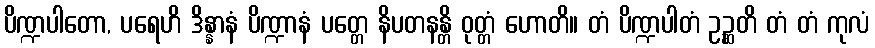
ပိဏ္ဍပါတော, ပရေဟိ ဒိန္နာနံ ပိဏ္ဍာနံ ပတ္တေ နိပတနန္တိ ဝုတ္တံ ဟောတိ။ တံ ပိဏ္ဍပါတံ ဥဉ္ဆတိ တံ တံ ကုလံ